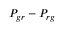
P _ { g r } - P _ { r g }